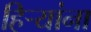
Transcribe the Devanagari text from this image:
हिऱ्यांना